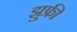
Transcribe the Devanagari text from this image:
झुफ्री